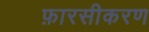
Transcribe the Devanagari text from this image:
फ़ारसीकरण